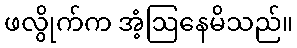
ဖလွိုက်က အံ့ဩနေမိသည်။